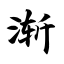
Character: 渐